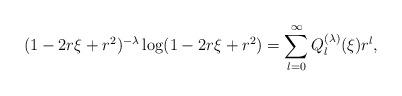
LaTeX: \begin{align*}(1-2r\xi+r^{2})^{-\lambda}\log(1-2r\xi+r^{2})=\sum_{l=0}^{\infty}Q_{l}^{(\lambda)}(\xi)r^{l},\end{align*}